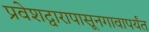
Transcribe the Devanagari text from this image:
प्रवेशद्वारापासूनगावापर्यंत